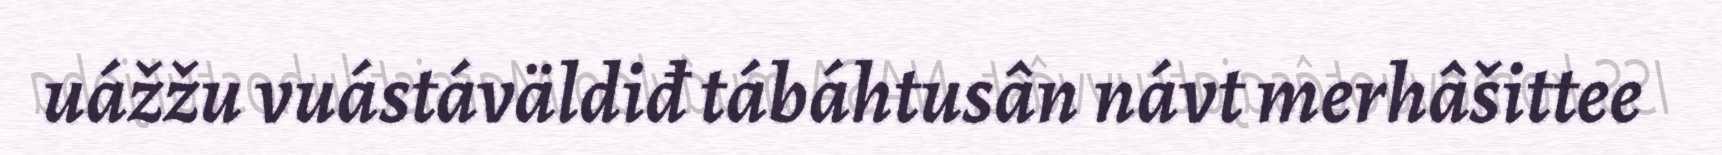
uážžu vuástáväldiđ tábáhtusân návt merhâšittee